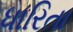
ધારિતા